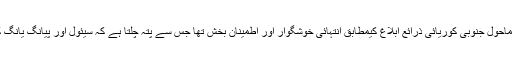
سربراہ ملاقات کے اختتام پر منعقدہ اِس سرکاری عشائیے کا ماحول جنوبی کوریائی ذرائع ابلاغ کیمطابق انتہائی خوشگوار اور اطمینان بخش تھا جس سے پتہ چلتا ہے کہ سیئول اور پیانگ یانگ کے قائدین نے دوطرفہ تعلقات میں ایک بڑی پیشرفت کی ہے۔